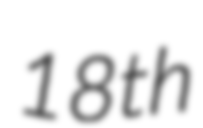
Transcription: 18th